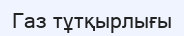
Газ тұтқырлығы